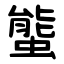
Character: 螚